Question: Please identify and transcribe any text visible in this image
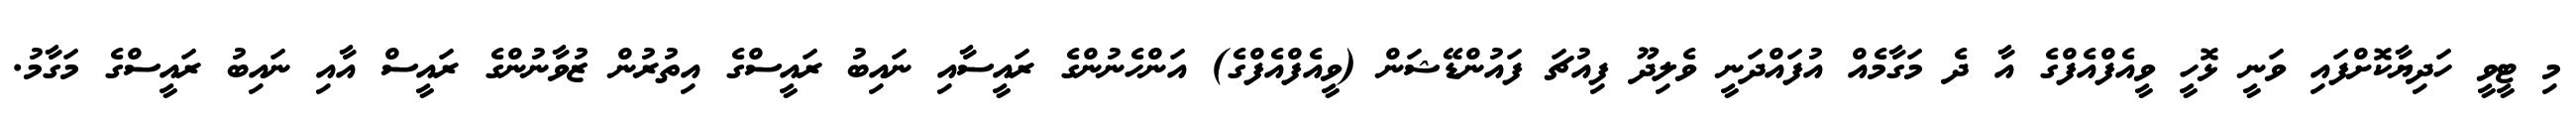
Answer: މި ޓީވީ ހަދިޔާކޮށްފައި ވަނީ ޅޮހީ ވީއެފްއެފްގެ އާ ދެ މަގާމެއް އުފައްދަނީ ވެލިދޫ ފިއުޗަ ފައުންޑޭޝަން (ވީއެފްއެފްގެ) އަންހެނުންގެ ރައީސާއި ނައިބު ރައީސްގެ އިތުރުން ޒުވާނުންގެ ރައީސް އާއި ނައިބު ރައީސްގެ މަގާމު.